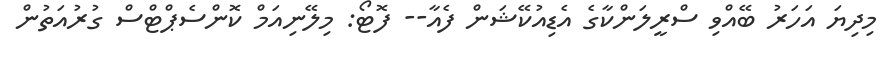
މިދިޔަ އަހަރު ބޭއްވި ސްރީލަންކާގެ އެޑިއުކޭޝަން ފެއާ-- ފޮޓޯ: މިލޭނިއަމް ކޮންސެޕްޓްސް ގުރުއަތުން